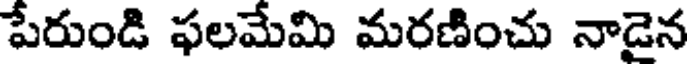
పేరుండి ఫలమేమి మరణించు నాడైన